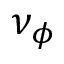
\nu _ { \phi }